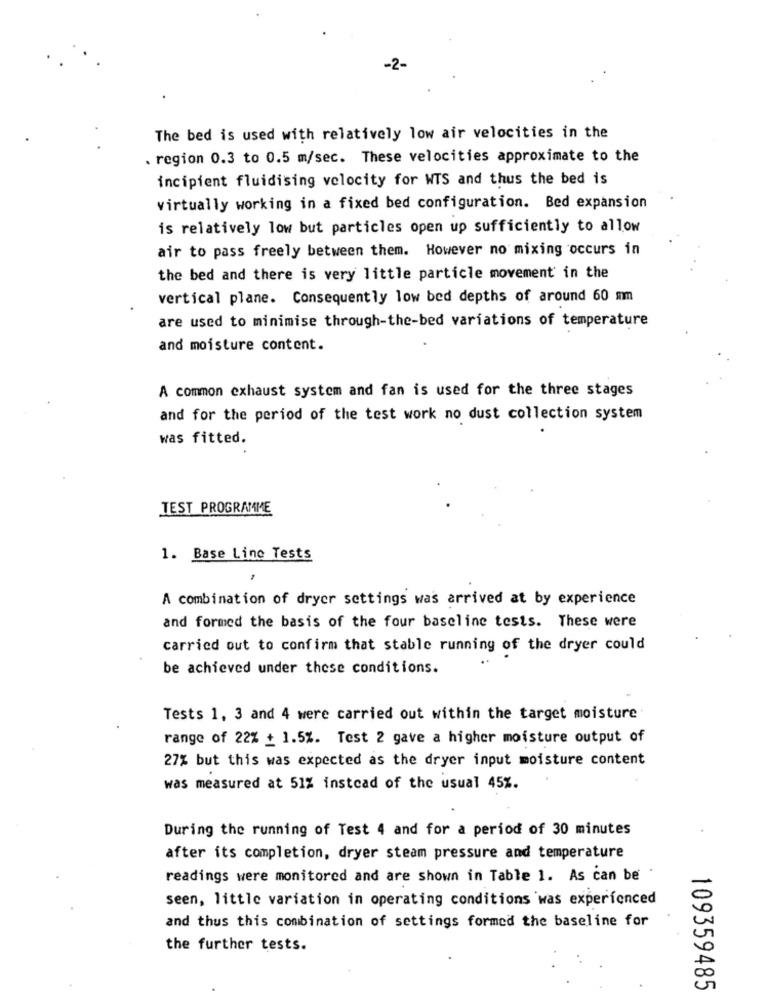
The bed is used with relatively low air velocities in the
. region 0.3 to 0.5 m/sec. These velocities approximate to the
incipient fluidising velocity for WTS and thus the bed is
virtually working in a fixed bed configuration. Bed expansion
is relatively low but particles open up sufficiently to allow
air to pass freely between them. However no mixing occurs in
the bed and there is very little particle movement in the
vertical plane. Consequently low bed depths of around 60 mm
are used to minimise through-the-bed variations of temperature
and moisture content.
A common exhaust system and fan is used for the three stages
and for the period of the test work no dust collection system
was fitted.
TEST PROGRAMME
1. Base Line Tests
A combination of dryer settings was arrived at by experience
and formed the basis of the four baseline tests. These were
carried out to confirm that stable running of the dryer could
be achieved under these conditions.
Tests 1, 3 and 4 were carried out within the target moisture
range of 22% + 1.5%. Test 2 gave a higher moisture output of
27% but this was expected as the dryer input moisture content
was measured at 51% instead of the usual 45%.
During the running of Test 4 and for a period of 30 minutes
after its completion, dryer steam pressure and temperature
readings were monitored and are shown in Table 1. As can be
seen, little variation in operating conditions was experienced
and thus this combination of settings formed the baseline for
the further tests.
109359485